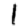
Digit: 1